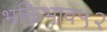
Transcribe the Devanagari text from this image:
भक्तिभाव५२